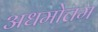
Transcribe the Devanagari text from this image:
अधमोत्तम